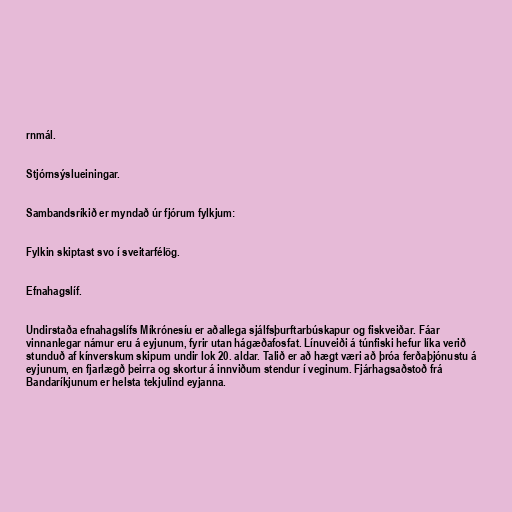
rnmál.

Stjórnsýslueiningar.

Sambandsríkið er myndað úr fjórum fylkjum:

Fylkin skiptast svo í sveitarfélög.

Efnahagslíf.

Undirstaða efnahagslífs Míkrónesíu er aðallega sjálfsþurftarbúskapur og fiskveiðar. Fáar
vinnanlegar námur eru á eyjunum, fyrir utan hágæðafosfat. Línuveiði á túnfiski hefur líka verið
stunduð af kínverskum skipum undir lok 20. aldar. Talið er að hægt væri að þróa ferðaþjónustu á
eyjunum, en fjarlægð þeirra og skortur á innviðum stendur í veginum. Fjárhagsaðstoð frá
Bandaríkjunum er helsta tekjulind eyjanna.